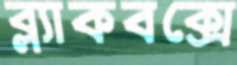
ব্ল্যাকবক্সে